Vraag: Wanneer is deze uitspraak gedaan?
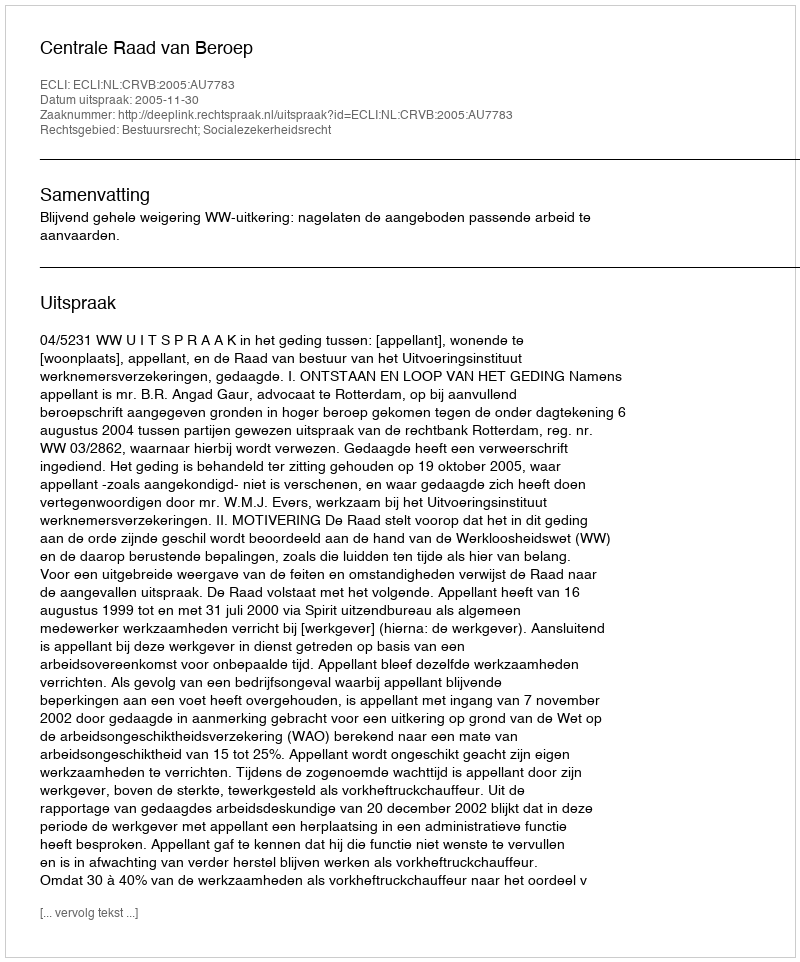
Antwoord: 2005-11-30